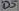
Text: D5